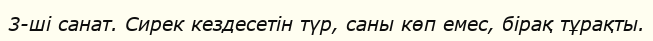
3-ші санат. Сирек кездесетін түр, саны көп емес, бірақ тұрақты.